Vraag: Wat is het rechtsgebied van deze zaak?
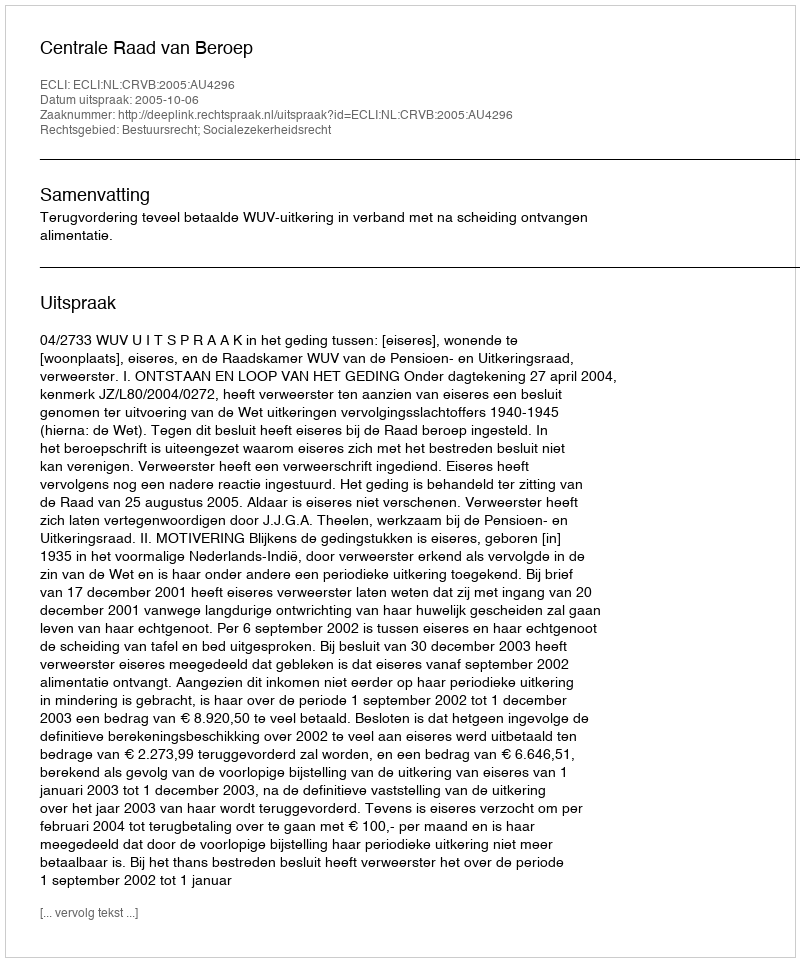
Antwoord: Bestuursrecht; Socialezekerheidsrecht